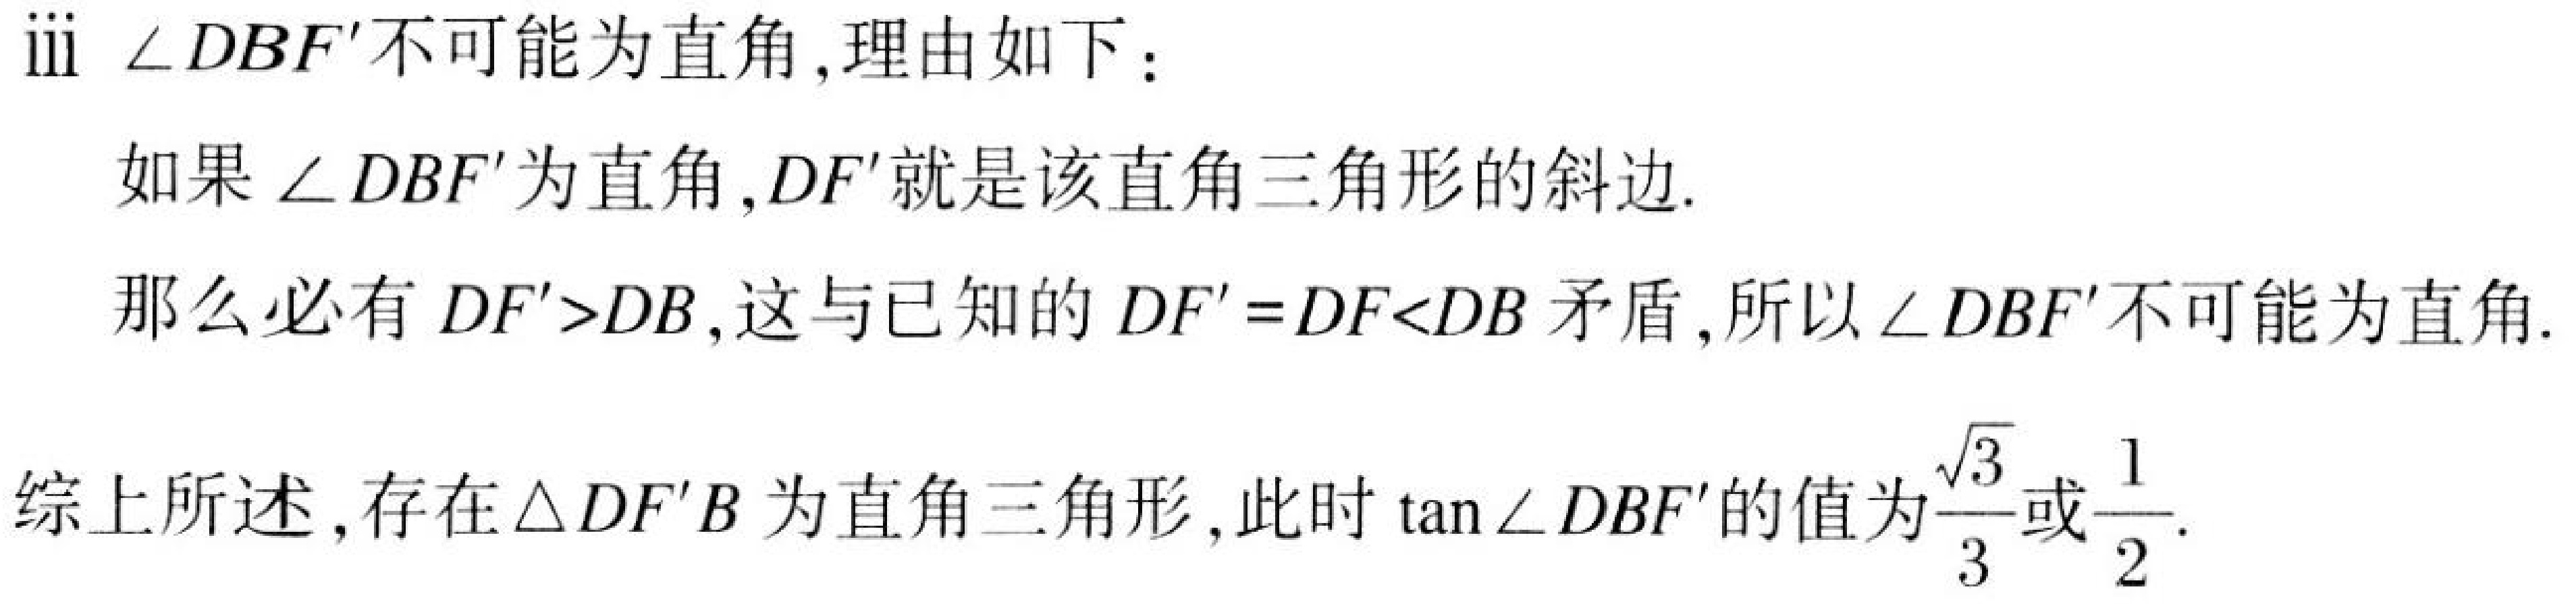
iii \(\angle DBF'\)不可能为直角,理由如下：
如果 \(\angle DBF'\)为直角,\(DF'\)就是该直角三角形的斜边.
那么必有 \(DF'>DB\),这与已知的 \(DF' = DF<DB\) 矛盾,所以 \(\angle DBF'\)不可能为直角.
综上所述,存在\(\triangle DF'B\)为直角三角形,此时 \(\tan\angle DBF'\)的值为\(\dfrac{\sqrt{3}}{3}\)或\(\dfrac{1}{2}\).